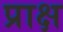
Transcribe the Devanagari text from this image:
प्राक्ष